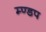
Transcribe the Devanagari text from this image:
म्ण्डप